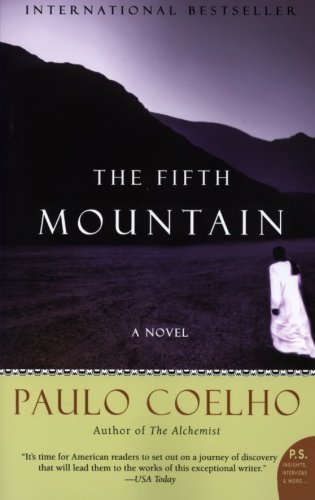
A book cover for The Fifth Mountain: A Novel; Paulo Coelho; Literature & Fiction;